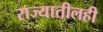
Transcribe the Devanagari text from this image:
राज्यातीलही